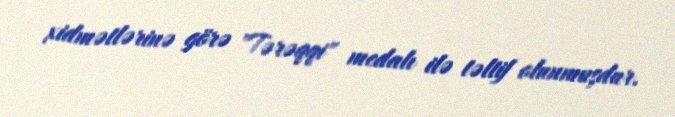
xidmətlərinə görə "Tərəqqi" medalı ilə təltif olunmuşdur.